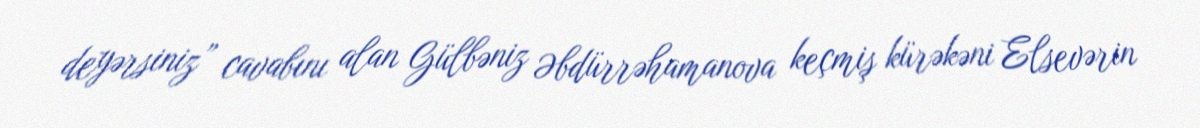
deyərsiniz” cavabını alan Gülbəniz Əbdürrəhamanova keçmiş kürəkəni Elsevərin